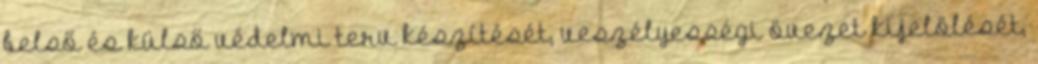
belső és külső védelmi terv készítését, veszélyességi övezet kijelölését,